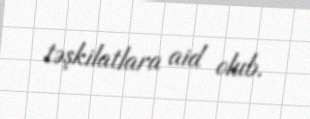
təşkilatlara aid olub.